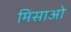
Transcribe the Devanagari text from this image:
मिसाओ